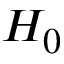
H _ { 0 }